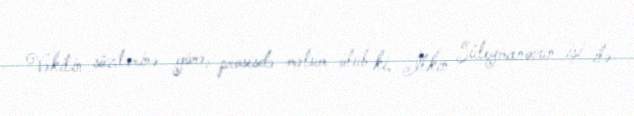
Vəkilin sözlərinə görə, prosesdə məlum olub ki, İlkin Süleymanovun işi ilə